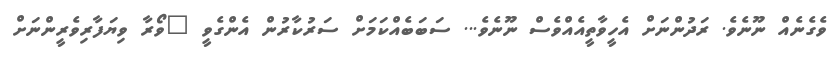
ވެގެނެއް ނޫނެވެ. ރަދުންނަށް އެހީވާތީއެއްވެސް ނޫނެވެ... ސަބަބެއްކަމަށް ސަރުކާރުން އެންގެވީ "ވޯރާ ވިޔަފާރިވެރީންނަށް